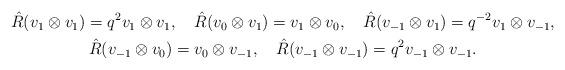
LaTeX: \begin{align*}\begin{gathered}\hat{R}(v_{1}\otimes v_{1})=q^{2}v_{1}\otimes v_{1},\quad\hat{R}(v_{0}\otimes v_{1})=v_{1}\otimes v_{0},\quad\hat{R}(v_{-1}\otimes v_{1})=q^{-2}v_{1}\otimes v_{-1},\\\hat{R}(v_{-1}\otimes v_{0})=v_{0}\otimes v_{-1},\quad\hat{R}(v_{-1}\otimes v_{-1})=q^{2}v_{-1}\otimes v_{-1}.\end{gathered}\end{align*}